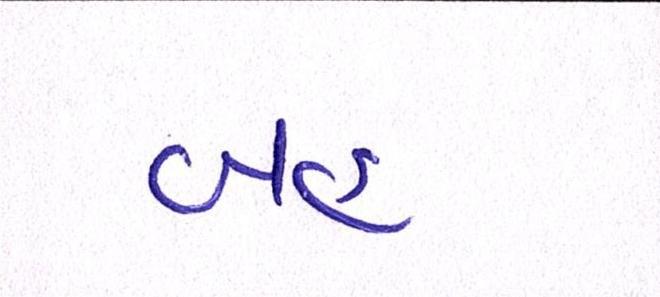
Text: બહ